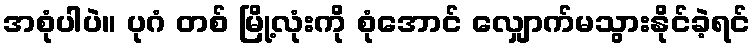
အစုံပါပဲ။ ပုဂံ တစ် မြို့လုံးကို စုံအောင် လျှောက်မသွားနိုင်ခဲ့ရင်